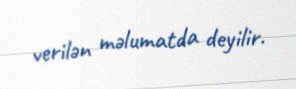
verilən məlumatda deyilir.